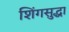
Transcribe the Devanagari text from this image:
शिंगसुद्धा